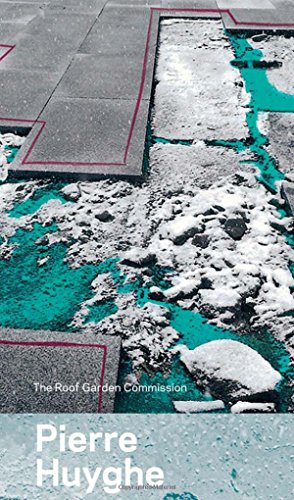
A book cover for Pierre Huyghe: The Roof Garden Commission; Ian Alteveer; Arts & Photography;